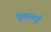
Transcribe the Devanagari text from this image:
पूमालई